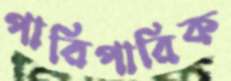
পারিপারিক